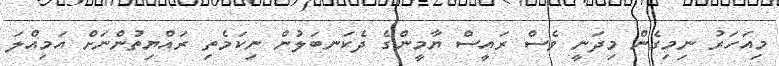
މިއަހަރު ނިމިގެން މިދަނީ ވެސް ރައީސް ޔާމީންގެ ދެކަނބަލުން ނިކަމެތި ރައްޔިތުންނަށް އަމިއްލަ